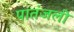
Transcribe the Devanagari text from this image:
पातंजली